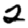
Digit: 2